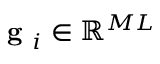
\textbf { g } _ { i } \in \mathbb { R } ^ { M L }